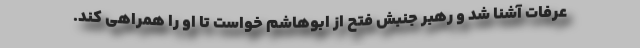
عرفات آشنا شد و رهبر جنبش فتح از ابوهاشم خواست تا او را همراهی کند.